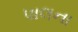
પાલના